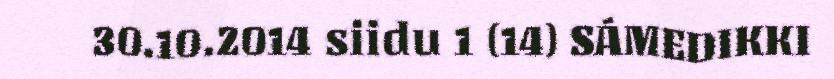
30.10.2014 siidu 1 (14) SÁMEDIKKI